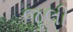
જૂલી